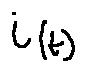
i ( t )